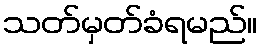
သတ်မှတ်ခံရမည်။